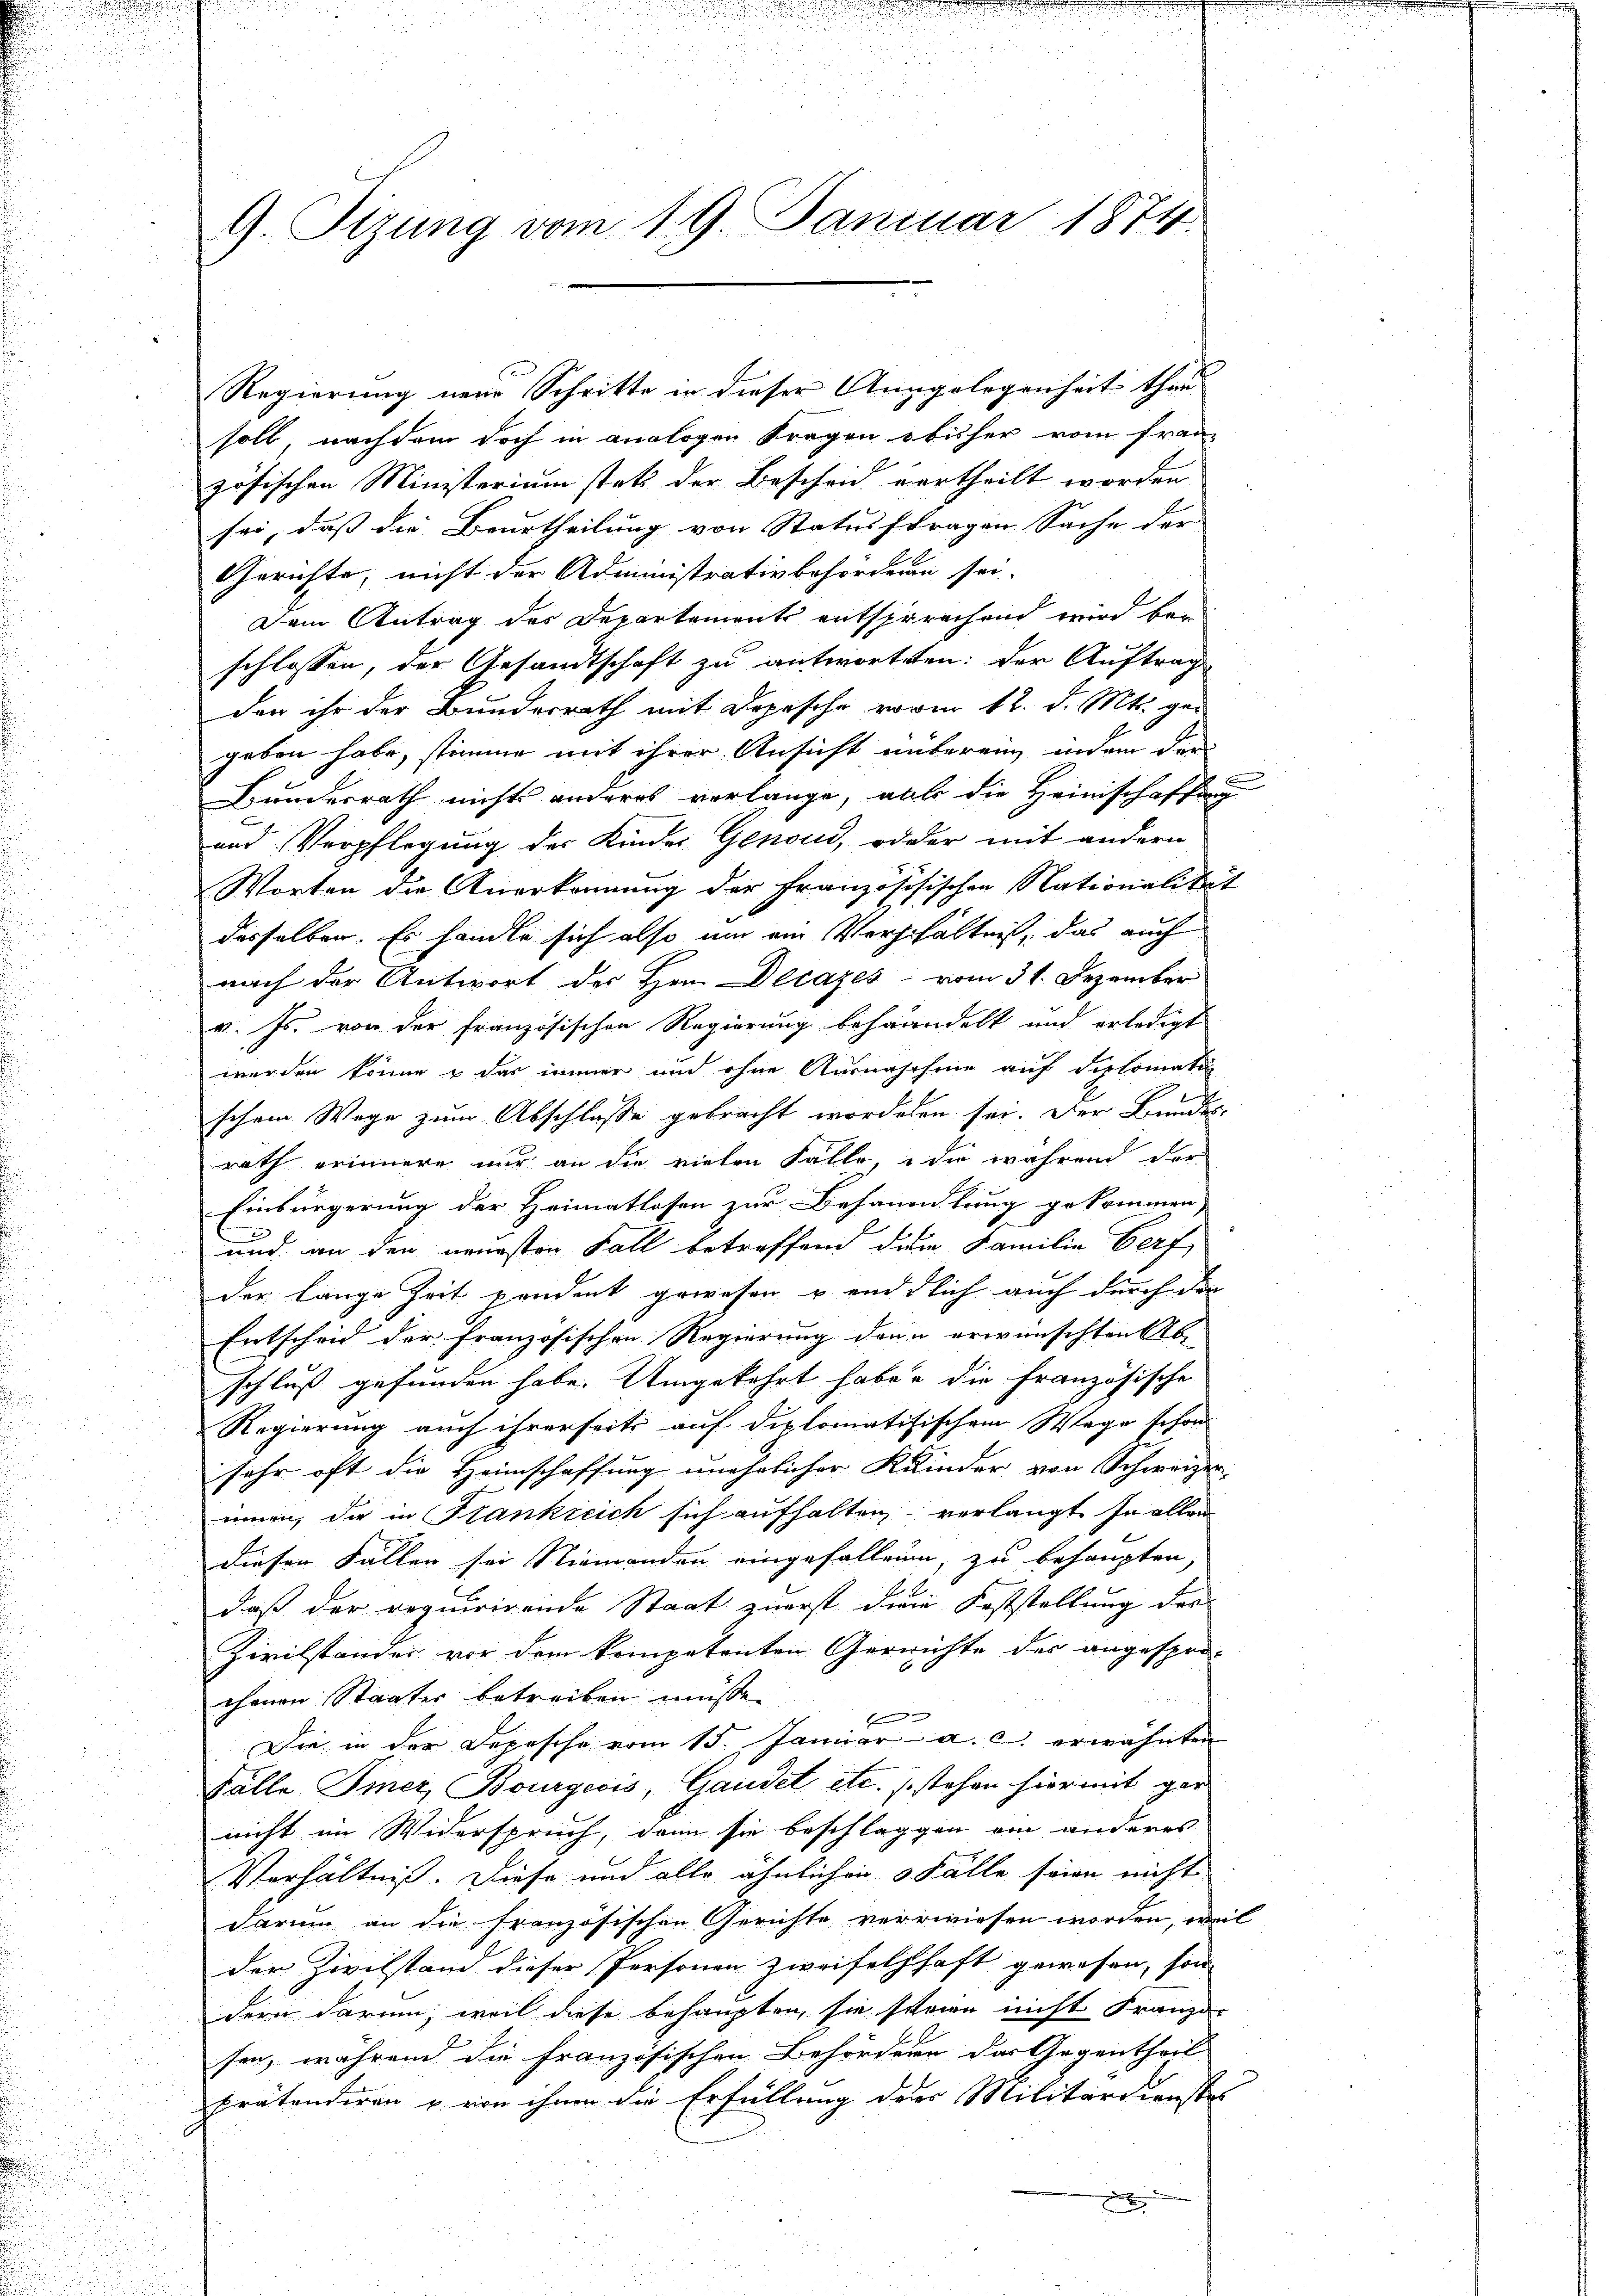
9) Sizung vom 19. Januar 1874.

soll nachdem doch in analogen Fragen obisher vom franz
zösischen Ministerium stets der Bescheid vertheilt worden
sei, daß die Beurtheilung von Statusftragen Sache der
Gerichte, nicht der Administrativbehörden sei-
Dem Antrag des Departements entsprechend wird bei
schlossen, der Gesandtschaft zu antworteten: der Auftrag
den ihr der Bundesrath mit Depesche vom 12. d. Mts. gegeben habe, stimme mit ihrer Ansicht unberein, indem den
Bunderrath nichts anderes verlange, alle die Heimschaffung
und Verpflegung der Kinder Genoud, oder mit andern
Worten die Anerkennung der Französisischen Nationalität
desselben. Es handle sich also um ein Verhältnis, das auch
nach der Antwort der Hrn. Decazes vom 31. Dezember
v. Js. von der französischen Regierung behandelt und erledigt
werden könne & das immer und ohne Ausnahehene auf Siplomati
schon Wege zum Abschlasse gebracht wordenen sei. Der Bundes-
rath erinnern nur an die vielen Falle, die während der
Einbürgerung der Heimatlosen zur Behauptung gekommen,
und an den neuesten Fall betreffend dem Familie Perf
der lange Zeit pendent gewesen & endlich auch durch den
Entscheid der französischen Regierung dann erwünschten Ab- |
schluß gefunden habe. Umgekehrt habe, die französische
Regierung auch ihrerseits auf diplomatifischem Wege schon
sehr oft die Heimschaffung unehrlicher Kinder von Schweizer- |
innen, die in Frankreich sich aufhalten verlangt. In allen
diesen Fällen sei Niemanden eingefallen, zu behaupten,
2
daß der requirirende Staat zuerst die Feststellung der |
Zivilstander vor dem kompetenten Gerichte des angespro¬

chenen Staater betreiben müsse.
Bern und
Die in der Depesche vom 15. Januar a. c. erwähnten
Fälle Einer, Bourgecis, Gandet etc. stehen hier mit gar
nicht im Widerspruch, dann sie beschlaggen ein anderes
Verhältniß. Diese und alle ähnlichen 3 Fälle seine nicht
darum an die französischen Gerichte verrwiesen worden, weil
der Zivilstand dieser Personen zweifelschaft gewesen, son
dern darum, weil diese behaupten, sie scheien nicht Franz-
sen, während die französischen Behördern das Gegentheil
prätendiren u. von ihnen die Erfüllung der Militärdienstes

Regierung neue Schritte in dieser Angelegenheit than-